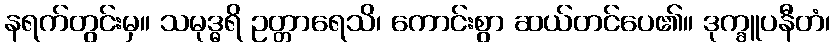
နရက်တွင်းမှ။ သမုဒ္ဓရိ ဥတ္တာရေသိ၊ ကောင်းစွာ ဆယ်တင်ပေ၏။ ဒုက္ခူပနီတံ၊